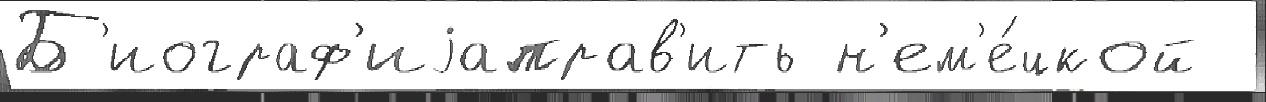
Б'иограф'иjаправ'ить н'ем'е́цкой